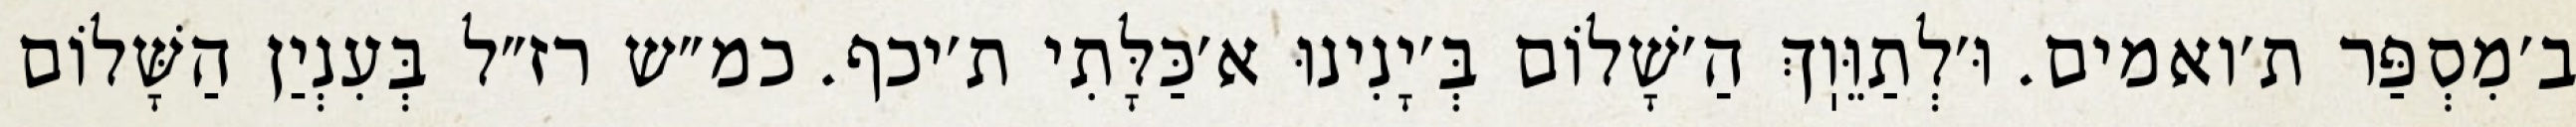
ב׳מִסְפַּר ת׳ואמים. וּ׳לְתַוֵּוֽךְ הַ׳שָׁלוֹם בְּ׳יָנִינוּ א׳כַּלָּתִי ת׳יכף. כמ״ש רז״ל בְּעִנְיַן הַשָּׁלוֹם